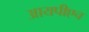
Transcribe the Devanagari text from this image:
आयपीएच